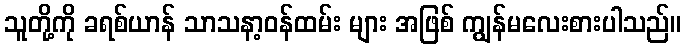
သူတို့ကို ခရစ်ယာန် သာသနာ့ဝန်ထမ်း များ အဖြစ် ကျွန်မလေးစားပါသည်။